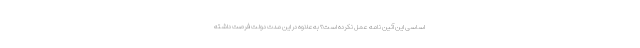
اساسی این آئین نامه عمل نکرده است؟ به‌علاوه در این مدت دولت فرصت داشته